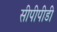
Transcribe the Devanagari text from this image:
सीपीपीडी